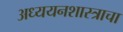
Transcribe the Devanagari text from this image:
अध्ययनशास्त्राचा